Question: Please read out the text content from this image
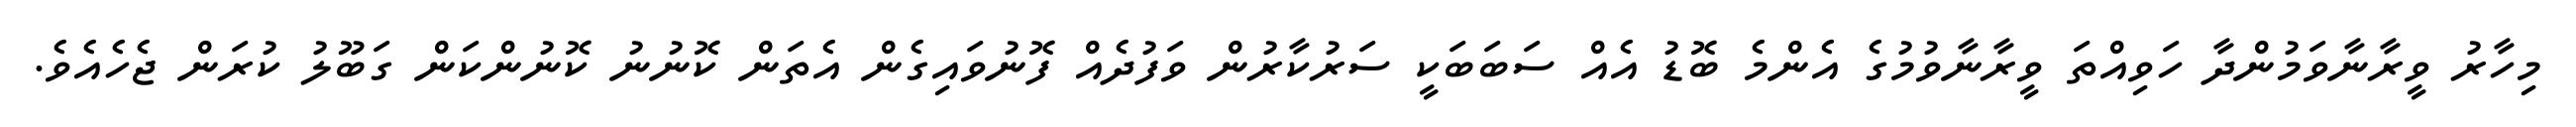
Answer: މިހާރު ވީރާނާވަމުންދާ ހަވިއްތަ ވީރާނާވުމުގެ އެންމެ ބޮޑު އެއް ސަބަބަކީ ސަރުކާރުން ވަފުދެއް ފޮނުވައިގެން އެތަން ކޮނުނު ކޮނުންކަން ގަބޫލު ކުރަން ޖެހެއެވެ.